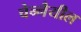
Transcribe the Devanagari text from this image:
चेन्नैयील